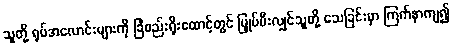
သူတို့ ရုပ်အလောင်းများကို ခြံစည်းရိုးထောင့်တွင် မြှုပ်ပီးလျှင်သူတို့ သေခြင်းမှာ ကြက်နာကျ၍